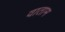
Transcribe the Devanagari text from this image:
वाताम